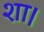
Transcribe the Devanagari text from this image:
शा।